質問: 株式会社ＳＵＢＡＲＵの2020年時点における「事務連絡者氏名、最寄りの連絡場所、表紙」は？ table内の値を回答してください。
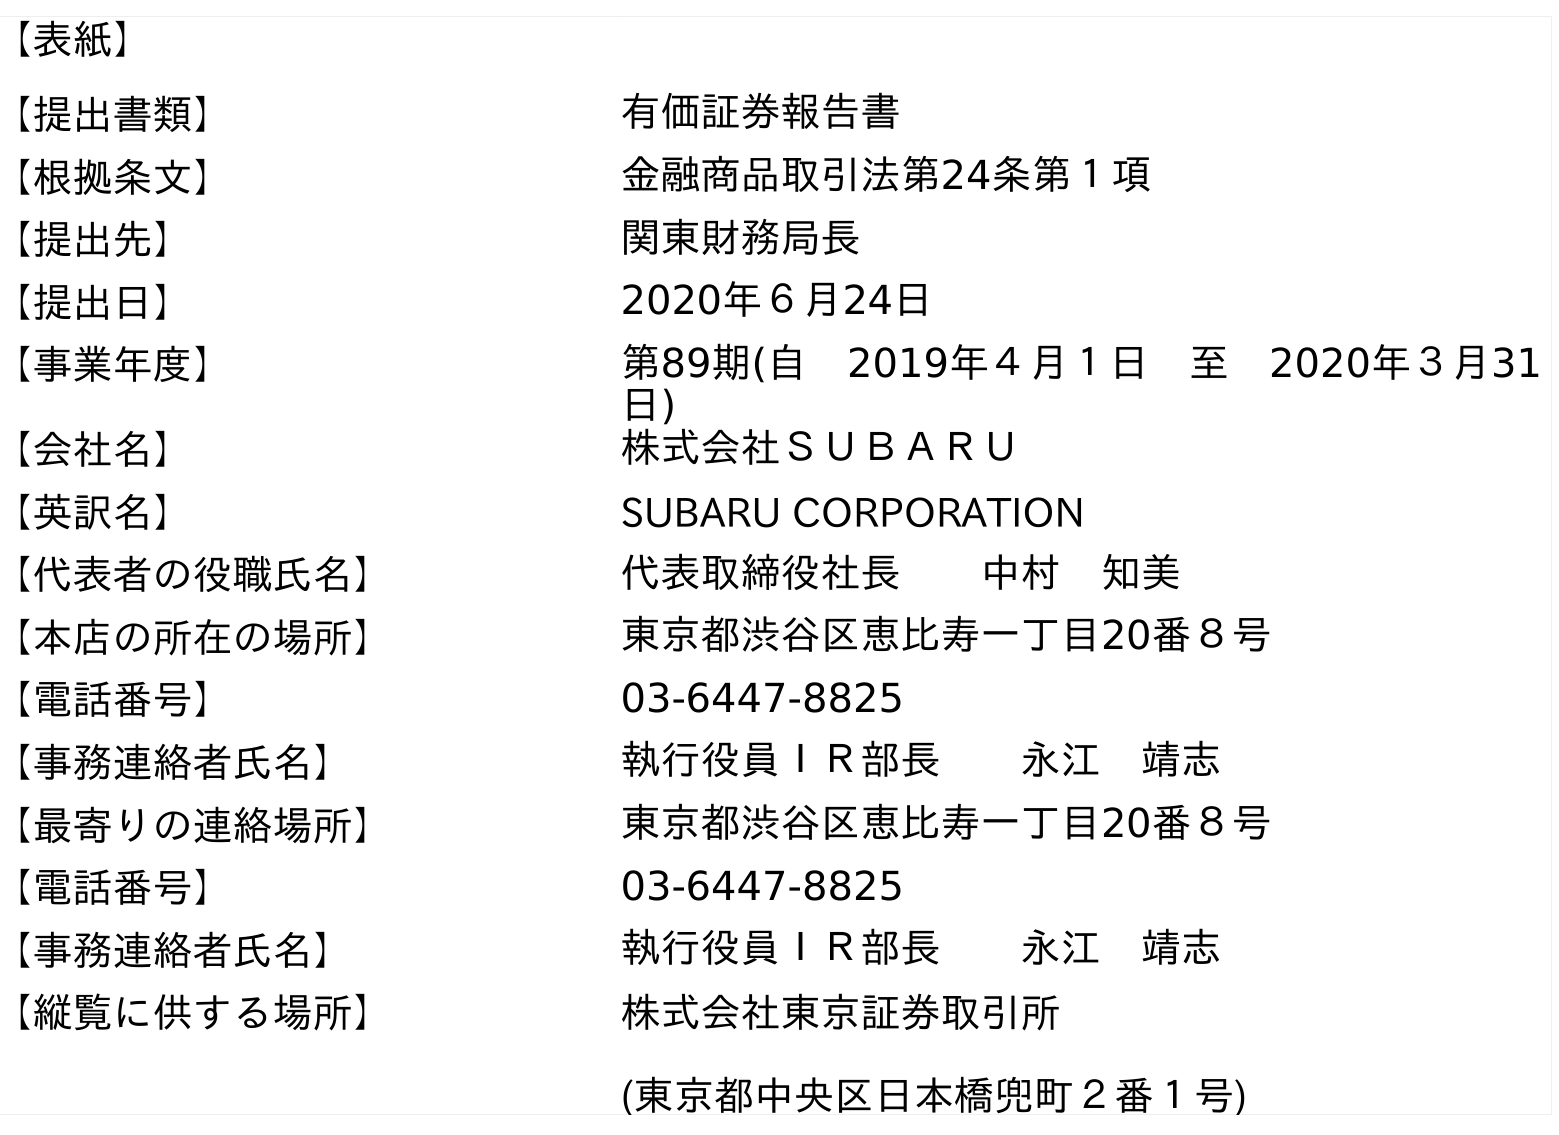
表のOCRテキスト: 【表紙】 【提出書類】 有価証券報告書 【根拠条文】 金融商品取引法第24条第１項 【提出先】 関東財務局長 【提出日】 2020年６月24日 【事業年度】 第89期(自 2019年４月１日 至 2020年３月31 日) 【会社名】 株式会社ＳＵＢＡＲＵ 【英訳名】 SUBARU CORPORATION 【代表者の役職氏名】 代表取締役社長  中村 知美 【本店の所在の場所】 東京都渋谷区恵比寿一丁目20番８号 【電話番号】 03-6447-8825 【事務連絡者氏名】 執行役員ＩＲ部長  永江 靖志 【最寄りの連絡場所】 東京都渋谷区恵比寿一丁目20番８号 【電話番号】 03-6447-8825 【事務連絡者氏名】 執行役員ＩＲ部長  永江 靖志 【縦覧に供する場所】 株式会社東京証券取引所 (東京都中央区日本橋兜町２番１号)
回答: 執行役員ＩＲ部長永江　靖志